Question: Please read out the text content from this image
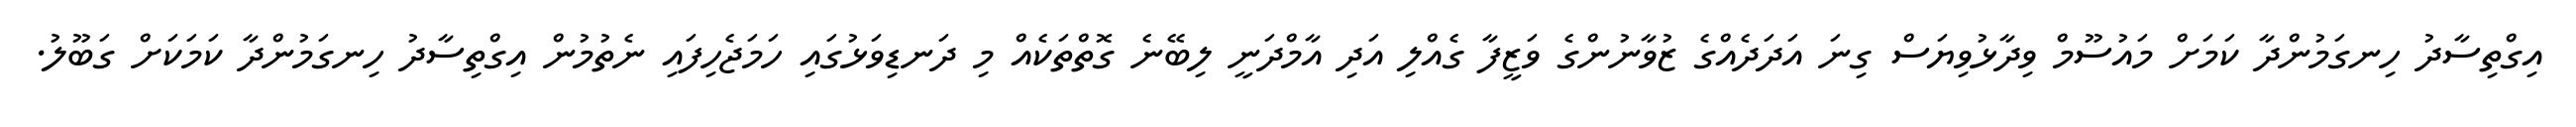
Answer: އިގްތިސާދު ހިނގަމުންދާ ކަމަށް މައުސޫމް ވިދާޅުވިޔަސް ގިނަ އަދަދެއްގެ ޒުވާނުންގެ ވަޒީފާ ގެއްލި އަދި އާމްދަނީ ލިބޭނެ ގޮތްތަކެއް މި ދަނޑިވަޅުގައި ހަމަޖެހިފައި ނެތުމުން އިގްތިސާދު ހިނގަމުންދާ ކަމަކަށް ގަބޫލު.